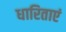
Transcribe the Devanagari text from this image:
धारिताएं